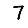
Digit: 7